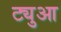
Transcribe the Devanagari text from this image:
ट्युआ